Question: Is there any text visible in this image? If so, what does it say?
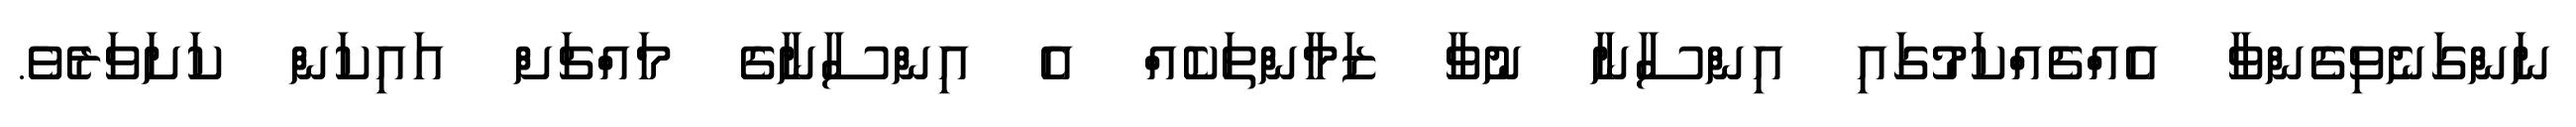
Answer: ނަންގަނެވިގެންވާ އެއްޗެއްކަމުގައި އިންސާނާ ނުވާ ޒަމާންތަކެއް އެ އިންސާނާގެ މައްޗަށް އައިކަން ކަށަވަރެވެ.